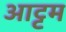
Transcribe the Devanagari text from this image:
आट्टम